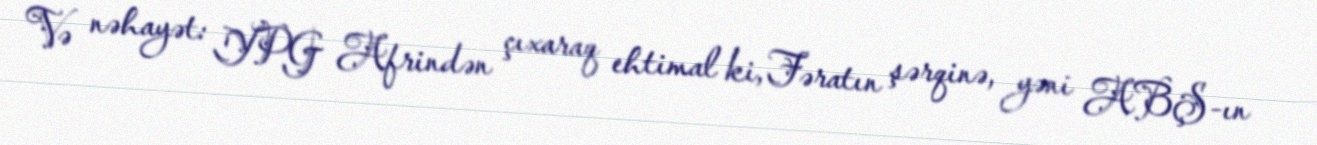
Və nəhayət: YPG Afrindən çıxaraq ehtimal ki, Fəratın şərqinə, yəni ABŞ-ın